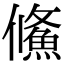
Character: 鯈